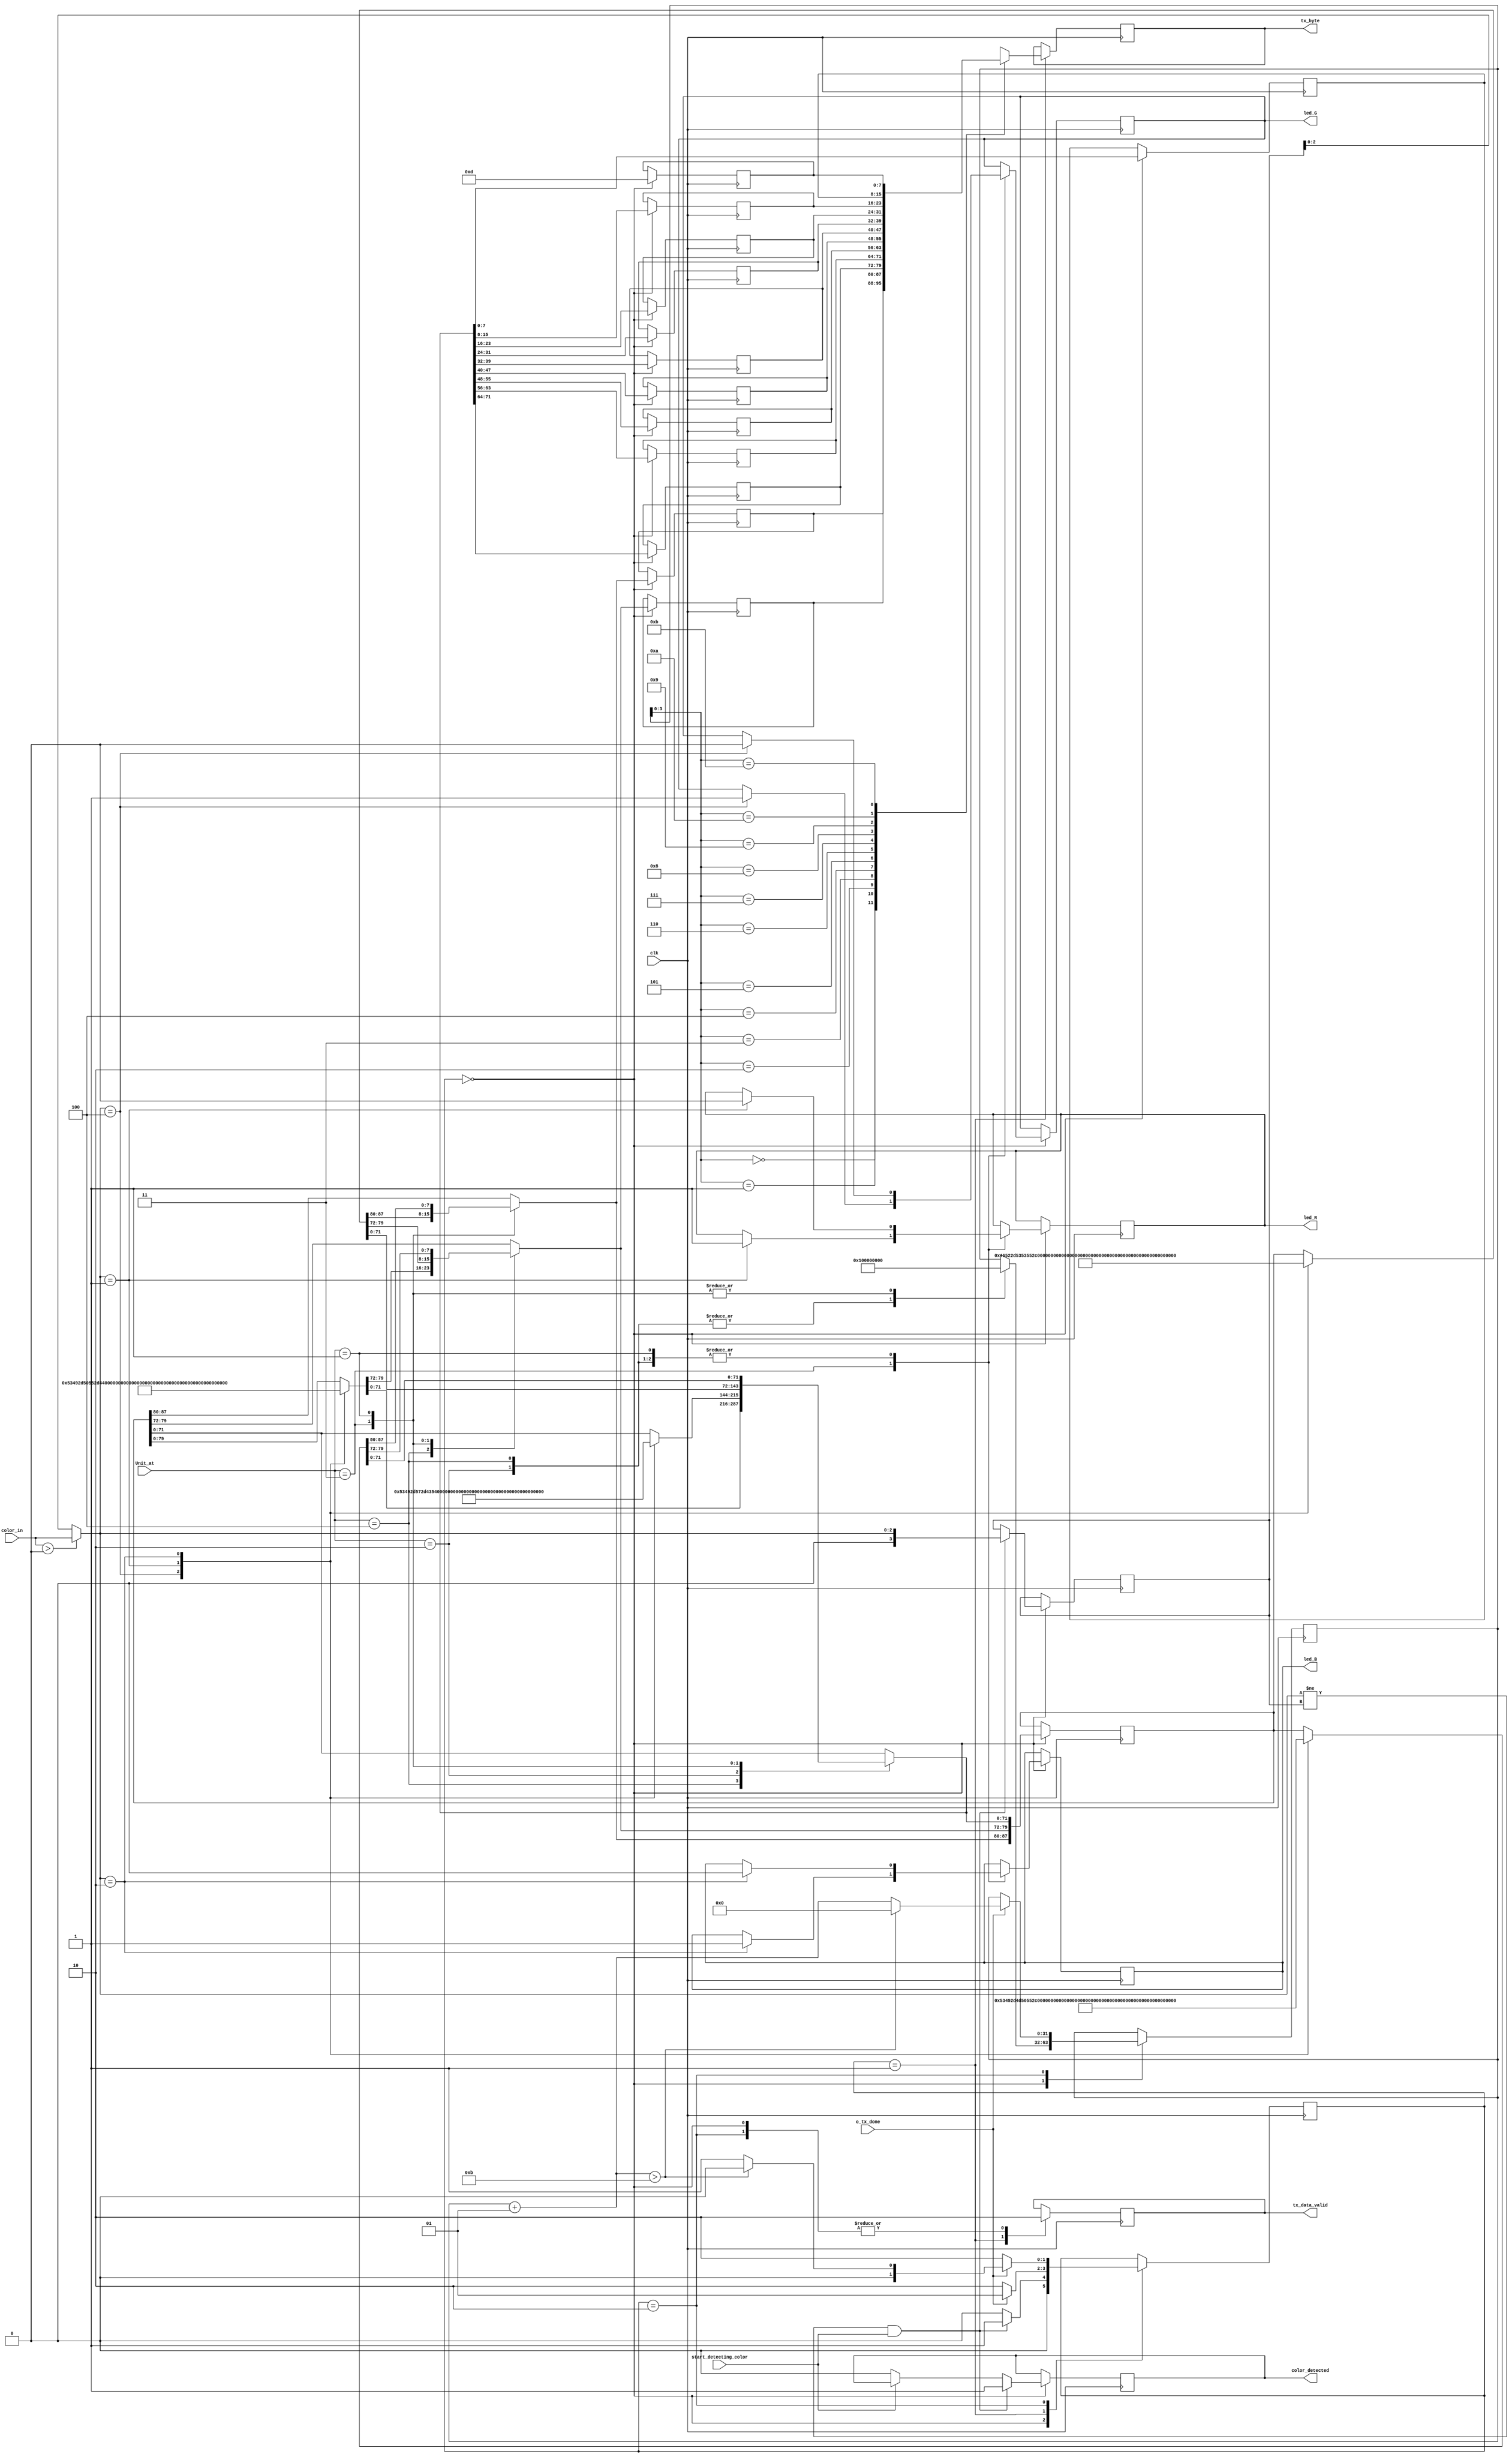
module sm_0535_uart_controller(
	
	input clk,								//* need to include all units in conditions
	input o_tx_done,							
	input [2:0]color_in,					// ** need to include start detcting color condition for led also
	input [2:0] Unit_at,
	input start_detecting_color,
	output color_detected,
	output tx_data_valid,
	output [7:0] tx_byte,
	output led_R,
	output led_G,
	output led_B
	
	);
	
	// different states
	parameter IDLE = 2'b00,
				 SEND = 2'b01,
				 WAIT = 2'b10;
				  
	// to indicate color
	parameter red_cl = 3'b001,
				 blue_cl = 3'b010,
				 green_cl = 3'b100; 
	
	// indicates units the is at 
	parameter MPU = 3'b001;
	parameter W = 3'b010;
	parameter SSU = 3'b011;
	parameter PU = 3'b100;
	
	// variables
	reg r_tx_data_valid = 0;
	reg [1:0] current_state = IDLE;
	
	integer count = 0 ;
	
	reg [7:0] r_tx_byte;
	
	reg [7:0] msg [11:0];
	reg [2:0] r_color_in; 

	reg [3:0] previous_color_in = 0;
	reg [95:0] temp_msg  = 0;
	
	reg r_led_R = 1; 
	reg r_led_B = 1;
	reg r_led_G = 1;
	
	reg r_color_detected = 0;
	
	// PU msgs
	reg [79:0] PU_green_msg = "SI-PU-CT-#";
	reg [79:0] PU_red_msg = "SI-PU-FI-#";
	reg [79:0] PU_blue_msg = "SI-PU-CP-#";
	
	// MPU msgs
	reg [87:0] MPU_green_msg = "SI-MPU-CT-#";
	reg [87:0] MPU_red_msg = "SI-MPU-FI-#";
	reg [87:0] MPU_blue_msg = "SI-MPU-CP-#";
	
	// W msgs
	reg [71:0] W_green_msg = "SI-W-CT-#";
	reg [71:0] W_red_msg = "SI-W-FI-#";
	reg [71:0] W_blue_msg = "SI-W-CP-#";
	
	//SSU msgs
	reg [87:0] SSU_green_msg = "FR-SSU-CT-#"; //** size is different
	reg [87:0] SSU_red_msg = "FR-SSU-FI-#";
	reg [87:0] SSU_blue_msg = "FR-SSU-CP-#";
	
	
	initial
	begin
		temp_msg[7:0] = 8'h0D;
	end
		
	// initiaizing msg structure  or msg --------------------------------------------------------------------------------
	
	always @ (posedge clk)
	begin

	 
	// Actual message sending------------------------------------------------------------------------------------- 	
		
			case(current_state)
		
			IDLE: // to select which msg to send and to control only one transmission on a particular msg
			begin
				r_tx_data_valid = 0; 
				r_color_in[2:0] = color_in[2:0] > 0 ? color_in[2:0] : previous_color_in[2:0]  ;
				
				// to decide which msg to send
				case(Unit_at)
					
					PU: // when bot is at PU
					begin
						count = 1; 
						case(r_color_in)  // to decide which msg to send
							green_cl:
							begin
								temp_msg[87:8] = PU_green_msg;
								r_led_G = 0;
							end
							red_cl : 
							begin
								temp_msg[87:8] = PU_red_msg;
								r_led_R = 0;
							end
							blue_cl :
							begin
								temp_msg[87:8] = PU_blue_msg;
								r_led_B = 0;
							end
						endcase
					end
					
					W: // when bot is at W
					begin
						count = 1; 
						case(r_color_in)  // to decide which msg to send
							green_cl:
							begin
								temp_msg[79:8] = W_green_msg;
								r_led_G = 0;
							end
							red_cl : 
							begin
								temp_msg[79:8] = W_red_msg;
								r_led_R = 0;
							end
							blue_cl :
							begin
								temp_msg[79:8] = W_blue_msg;
								r_led_B = 0;
							end
						endcase
					end

					SSU: // when bot is at SSU
					begin
						count = 0;
						case(r_color_in)  // to decide which msg to send
							green_cl:
							begin
								temp_msg[95:8] = SSU_green_msg;
								r_led_G = 1;
							end
							red_cl : 
							begin
								temp_msg[95:8] = SSU_red_msg;
								r_led_R = 1;
							end
							blue_cl :
							begin
								temp_msg[95:8] = SSU_blue_msg;
								r_led_B = 1;
							end
						endcase
					end
					
					MPU: // when bot is at MPU
					begin
						count = 0;
						case(r_color_in)  // to decide which msg to send
							green_cl:
							begin
								temp_msg[95:8] = MPU_green_msg;
								r_led_G = 0;
							end
							red_cl : 
							begin
								temp_msg[95:8] = MPU_red_msg;
								r_led_R = 0;
							end
							blue_cl :
							begin
								temp_msg[95:8] = MPU_blue_msg;
								r_led_B = 0;
							end
						endcase
					end
				endcase
				
				msg[0] = temp_msg[95:88];
				msg[1] = temp_msg[87:80];
				msg[2] = temp_msg[79:72];
				msg[3] = temp_msg[71:64];
				msg[4] = temp_msg[63:56];
				msg[5] = temp_msg[55:48];
				msg[6] = temp_msg[47:40];
				msg[7] = temp_msg[39:32];
				msg[8] = temp_msg[31:24];
				msg[9] = temp_msg[23:16];
				msg[10] = temp_msg[15:8];
				msg[11] = temp_msg[7:0];
				
				if((r_color_in != previous_color_in) & start_detecting_color)  // to control only one transmission of message
				begin
					previous_color_in = r_color_in;
					current_state = SEND;
					r_color_detected = 1;
				end 
				else if(!start_detecting_color)
				begin
					r_color_detected = 0;
					current_state = IDLE;
				end
				else current_state = IDLE;
			end
			
			SEND:
			begin 
			   r_tx_data_valid = 1;
			   r_tx_byte = msg[count];
			   if (!o_tx_done)
			   begin
					current_state = WAIT;
			   end
			   else
			   begin
					current_state = SEND;
			   end
			end   
	
			WAIT:
			begin
				r_tx_data_valid = 0;
				if ( o_tx_done )
				begin
					current_state = SEND;
					count = count + 1;
					if (count > 11)
					begin
						count = 0;
						current_state = IDLE;
					end
				end
				else
				begin
					current_state = WAIT;
				end
			end
			endcase

	end
	
	
	// assiging output
	assign tx_data_valid = r_tx_data_valid ;
	assign tx_byte = r_tx_byte;
	
	assign led_R = r_led_R;
	assign led_G = r_led_G;
	assign led_B = r_led_B;
	
	assign color_detected = r_color_detected;
	
endmodule